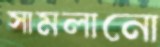
সামলানো